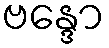
ဗန္ဒော